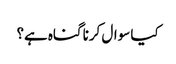
کیا سوال کرنا گناہ ہے؟